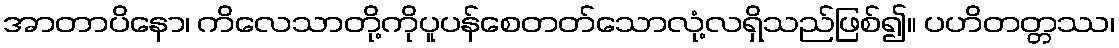
အာတာပိနော၊ ကိလေသာတို့ကိုပူပန်စေတတ်သောလုံ့လရှိသည်ဖြစ်၍။ ပဟိတတ္တဿ၊